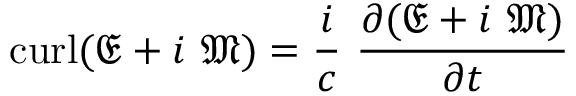
\operatorname { c u r l } ( { \mathfrak { E } } + i \ { \mathfrak { M } } ) = { \frac { i } { c } } \ { \frac { \partial ( { \mathfrak { E } } + i \ { \mathfrak { M } } ) } { \partial t } }